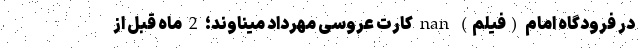
در فرودگاه امام (فیلم) nan کارت عروسی مهرداد میناوند؛ 2 ماه قبل از